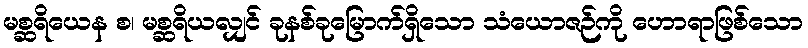
မစ္ဆရိယေန စ၊ မစ္ဆရိယလျှင် ခုနစ်ခုမြောက်ရှိသော သံယောဇဉ်ကို ဟောရာဖြစ်သော